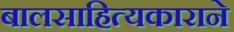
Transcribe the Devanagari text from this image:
बालसाहित्यकाराने